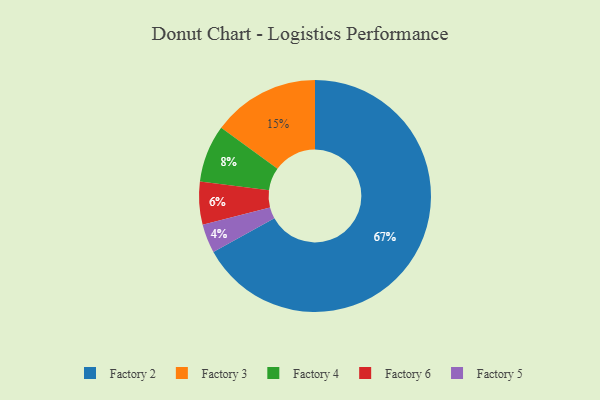
{"axis": {"x": "Category", "y": "Percentage"}, "legend": ["Factory 2", "Factory 3", "Factory 4", "Factory 5", "Factory 6"], "data": [{"x": "Factory 2", "y": 67, "type": "Factory 2"}, {"x": "Factory 4", "y": 8, "type": "Factory 4"}, {"x": "Factory 6", "y": 6, "type": "Factory 6"}, {"x": "Factory 3", "y": 15, "type": "Factory 3"}, {"x": "Factory 5", "y": 4, "type": "Factory 5"}]}